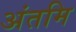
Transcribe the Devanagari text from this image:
अंतमि